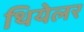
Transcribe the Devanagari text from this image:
थियेलर